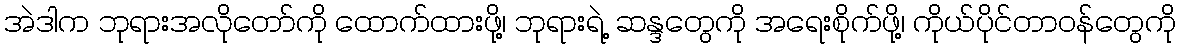
အဲဒါက ဘုရားအလိုတော်ကို ထောက်ထားဖို့၊ ဘုရားရဲ့ ဆန္ဒတွေကို အရေးစိုက်ဖို့၊ ကိုယ်ပိုင်တာဝန်တွေကို